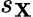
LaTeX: s_{\mathbf{X}}